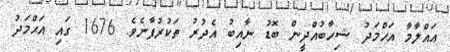
ޢައްލާމާ އަޙްމަދު ޝިހާބުއްދީން ބޮޑު ނާއިބު އެދުރު ތަކުރުފާނެވެ. 1676 ގައި އަޙްމަދު